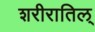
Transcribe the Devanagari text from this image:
शरीरातिल्